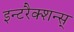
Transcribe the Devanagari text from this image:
इन्टरैक्शन्स्